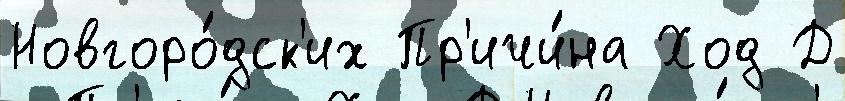
Новгоро́дск'их Пр'ичи́на Ход Д